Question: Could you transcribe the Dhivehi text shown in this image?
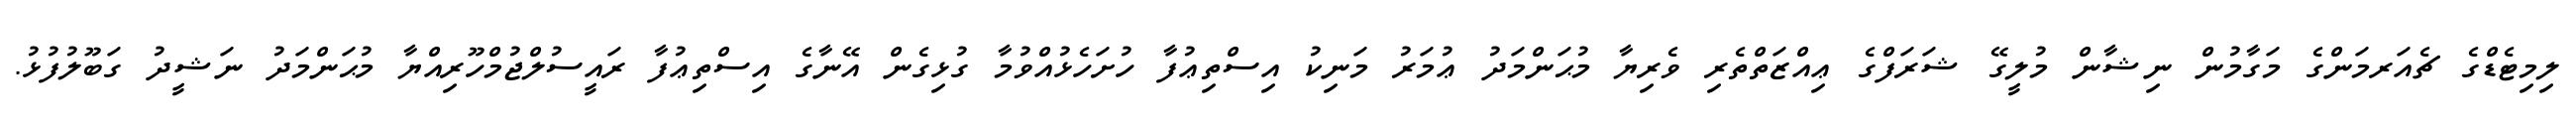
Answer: ލިމިޓެޑްގެ ޗެއަރމަންގެ މަގާމުން ނިޝާން މުލީގޭ ޝަރަފްގެ ޢިއްޒަތްތެރި ވެރިޔާ މުޙަންމަދު ޢުމަރު މަނިކު އިސްތިޢުފާ ހުށަހެޅުއްވުމާ ގުޅިގެން އޭނާގެ އިސްތިޢުފާ ރައީސުލްޖުމްހޫރިއްޔާ މުޙަންމަދު ނަޝީދު ގަބޫލުފުޅު.